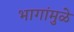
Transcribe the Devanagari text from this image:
भागांमुळे